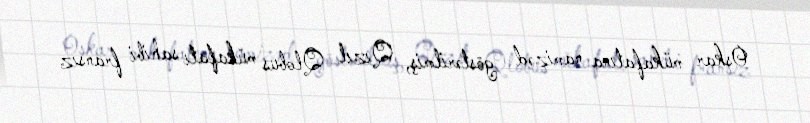
Oskar mükafatına namizəd göstərilmiş, Qızıl Qlobus mükafatı sahibi fransız